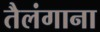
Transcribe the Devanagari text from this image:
तैलंगाना